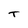
Character: T